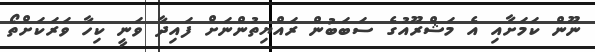
ނޫން ކަމަށާއި އެ މަޝްރޫއުގެ ސަބަބުން ރައްޔިތުންނަށް ފައިދާ ވަނީ ކިހާ ވަރަކަށްތޯ